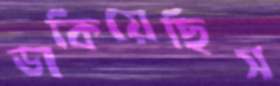
ডাকিয়েছিস